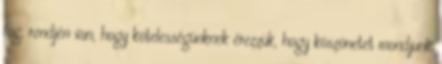
fog, rendjén van, hogy kötelességünknek érezzük, hogy köszönetet mondjunk